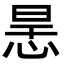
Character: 𢙶